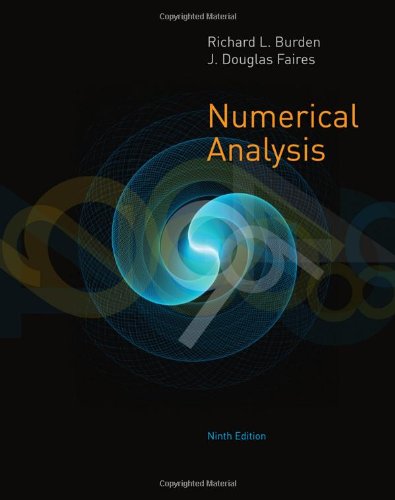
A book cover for Numerical Analysis; Richard L. Burden; Science & Math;